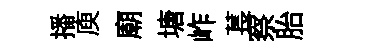
播庾廟塘岞萇察胎